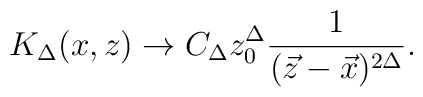
K_\Delta (x,z) \rightarrow C_\Delta z_0^\Delta \frac{1}{(\vec{z} -\vec{x})^{2\Delta}}.